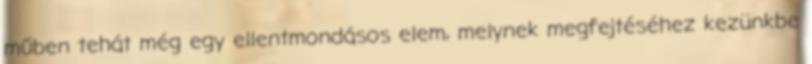
műben tehát még egy ellentmondásos elem, melynek megfejtéséhez kezünkbe